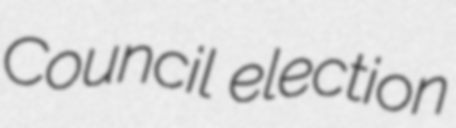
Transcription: Council election